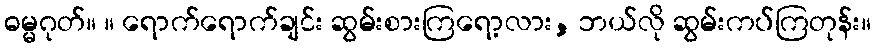
ဓမ္မဂုတ်။ ။ ရောက်ရောက်ချင်း ဆွမ်းစားကြရော့လား, ဘယ်လို ဆွမ်းကပ်ကြတုန်း။